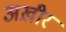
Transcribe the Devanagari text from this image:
अख़ीर